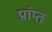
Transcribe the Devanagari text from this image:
प्रांप्त